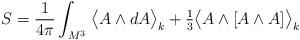
LaTeX: \begin{align*}S=\frac{1}{4\pi}\int_{M^3}\;\!\big\langle A\wedge dA\big\rangle_k+\tfrac13 \big\langle A\wedge [A\wedge A]\big\rangle_k\qquad\end{align*}